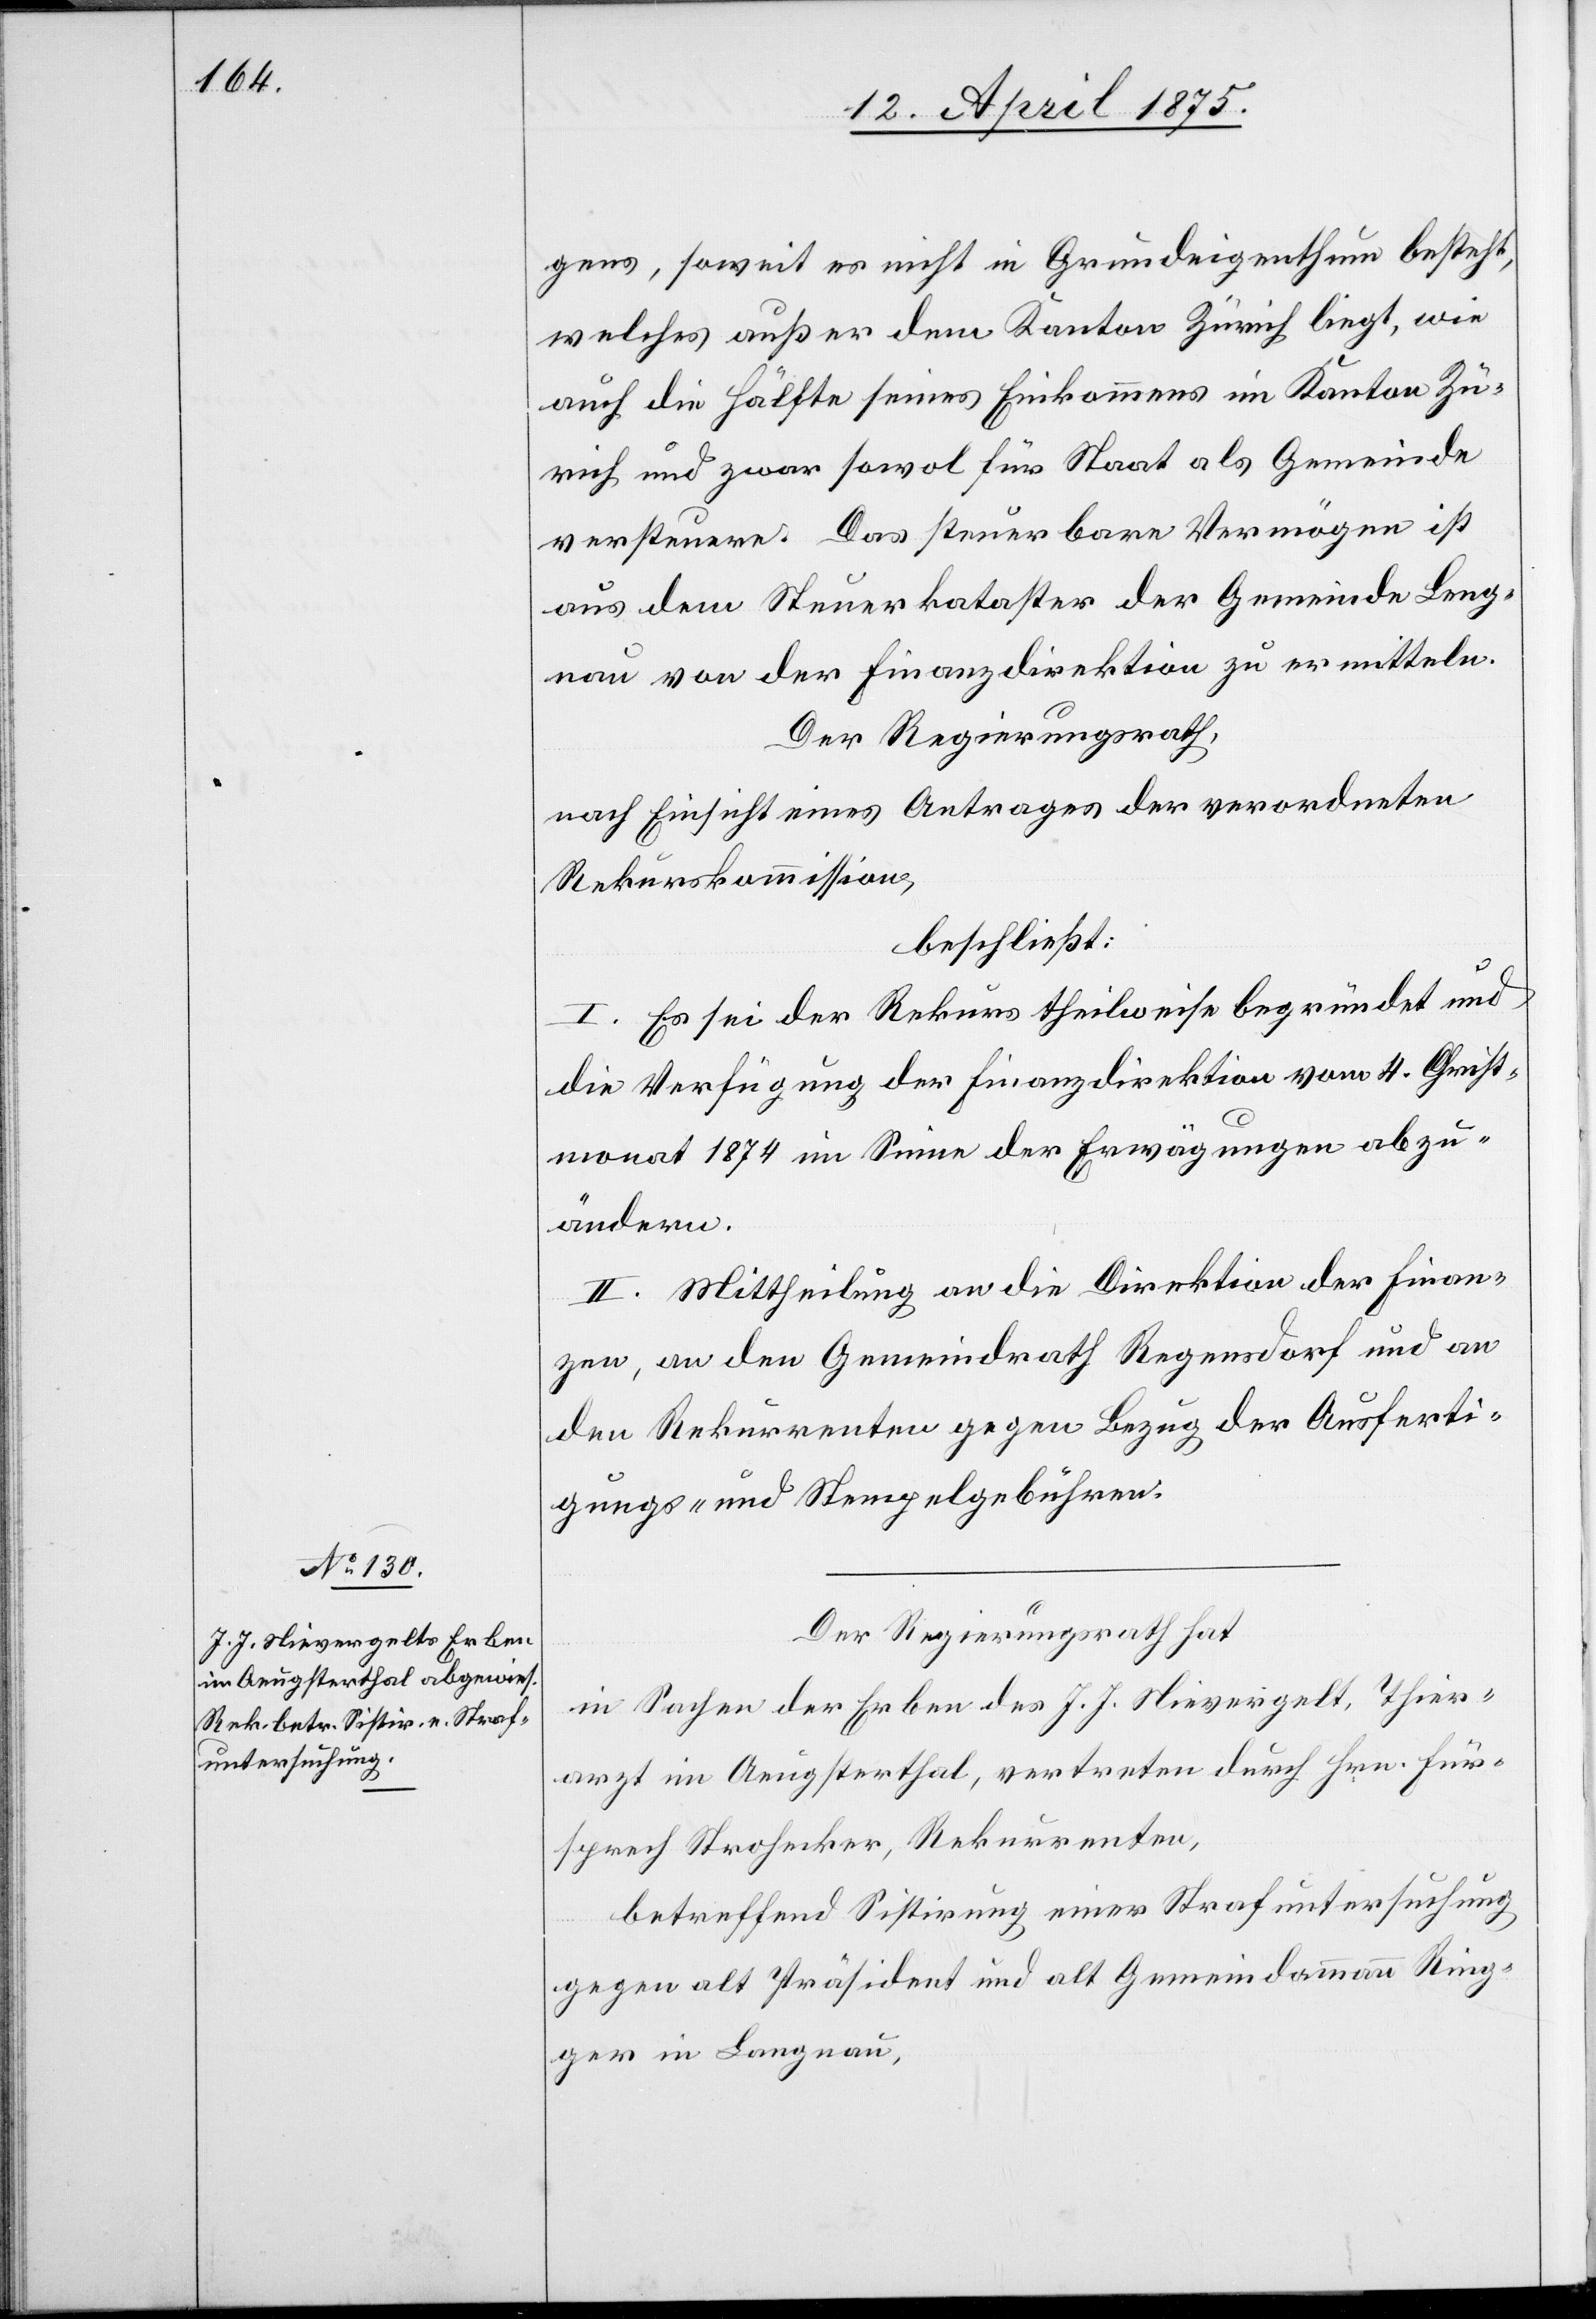
gens, soweit es nicht in Grundeigenthum besteht,
welches außer dem Kanton Zürich liegt, wie
auch die Hälfte seines Einkommens im Kanton Zü¬
rich und zwar sowol für Staat als Gemeinde
versteuere. Das steuerbare Vermögen ist
aus dem Steuerkataster der Gemeinde Leng¬
nau von der Finanzdirektion zu ermitteln.
Der Regierungsrath,
nach Einsicht eines Antrages der verordneten
Rekurskommission,
beschließt:
I. Es sei der Rekurs theilweise begründet und
die Verfügung der Finanzdirektion vom 4. Christ¬
monat 1874 im Sinne der Erwägungen abzu¬
ändern.
II. Mittheilung an die Direktion der Finan¬
zen, an den Gemeinderath Regensdorf und an
den Rekurrenten gegen Bezug der Ausferti¬
gungs- und Stempelgebühren.